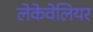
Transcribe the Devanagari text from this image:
लेकेवेलियर